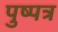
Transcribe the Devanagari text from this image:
पुष्पत्र